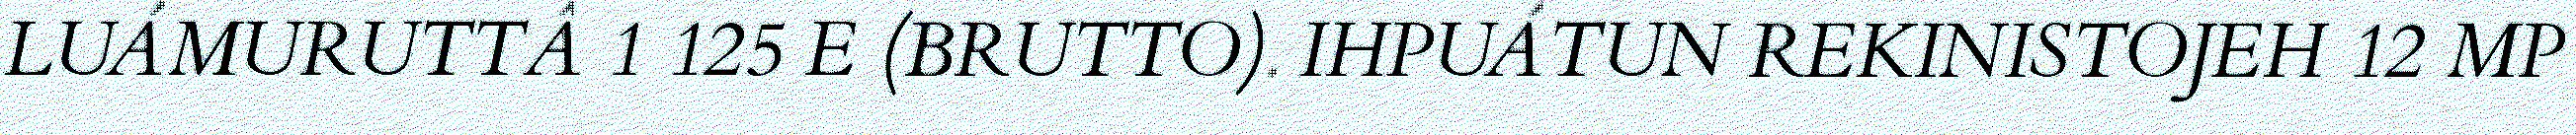
LUÁMURUTTÂ 1 125 E (BRUTTO). IHPUÁTUN REKINISTOJEH 12 MP